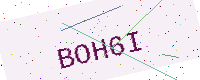
Text: BOH6I